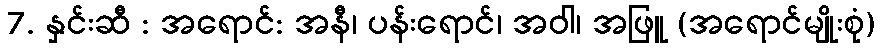
7. နှင်းဆီ : အရောင်: အနီ၊ ပန်းရောင်၊ အဝါ၊ အဖြူ (အရောင်မျိုးစုံ)